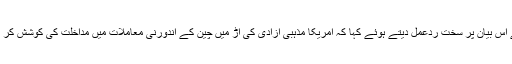
چین نے اس بیان پر سخت ردعمل دیتے ہوئے کہا کہ امریکا مذہبی آزادی کی آڑ میں چین کے اندورنی معاملات میں مداخلت کی کوشش کر رہا ہے۔